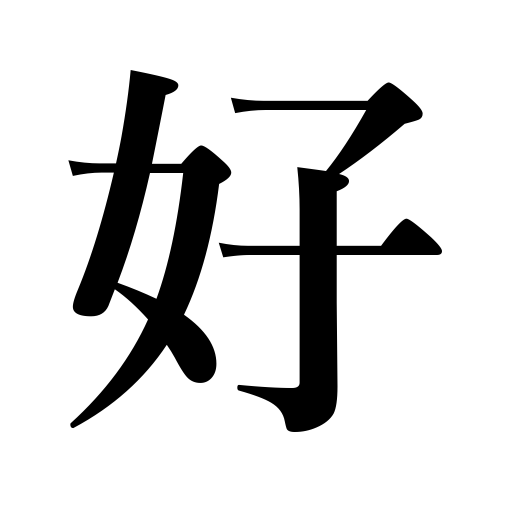
Meanings: Love,be fond of,like